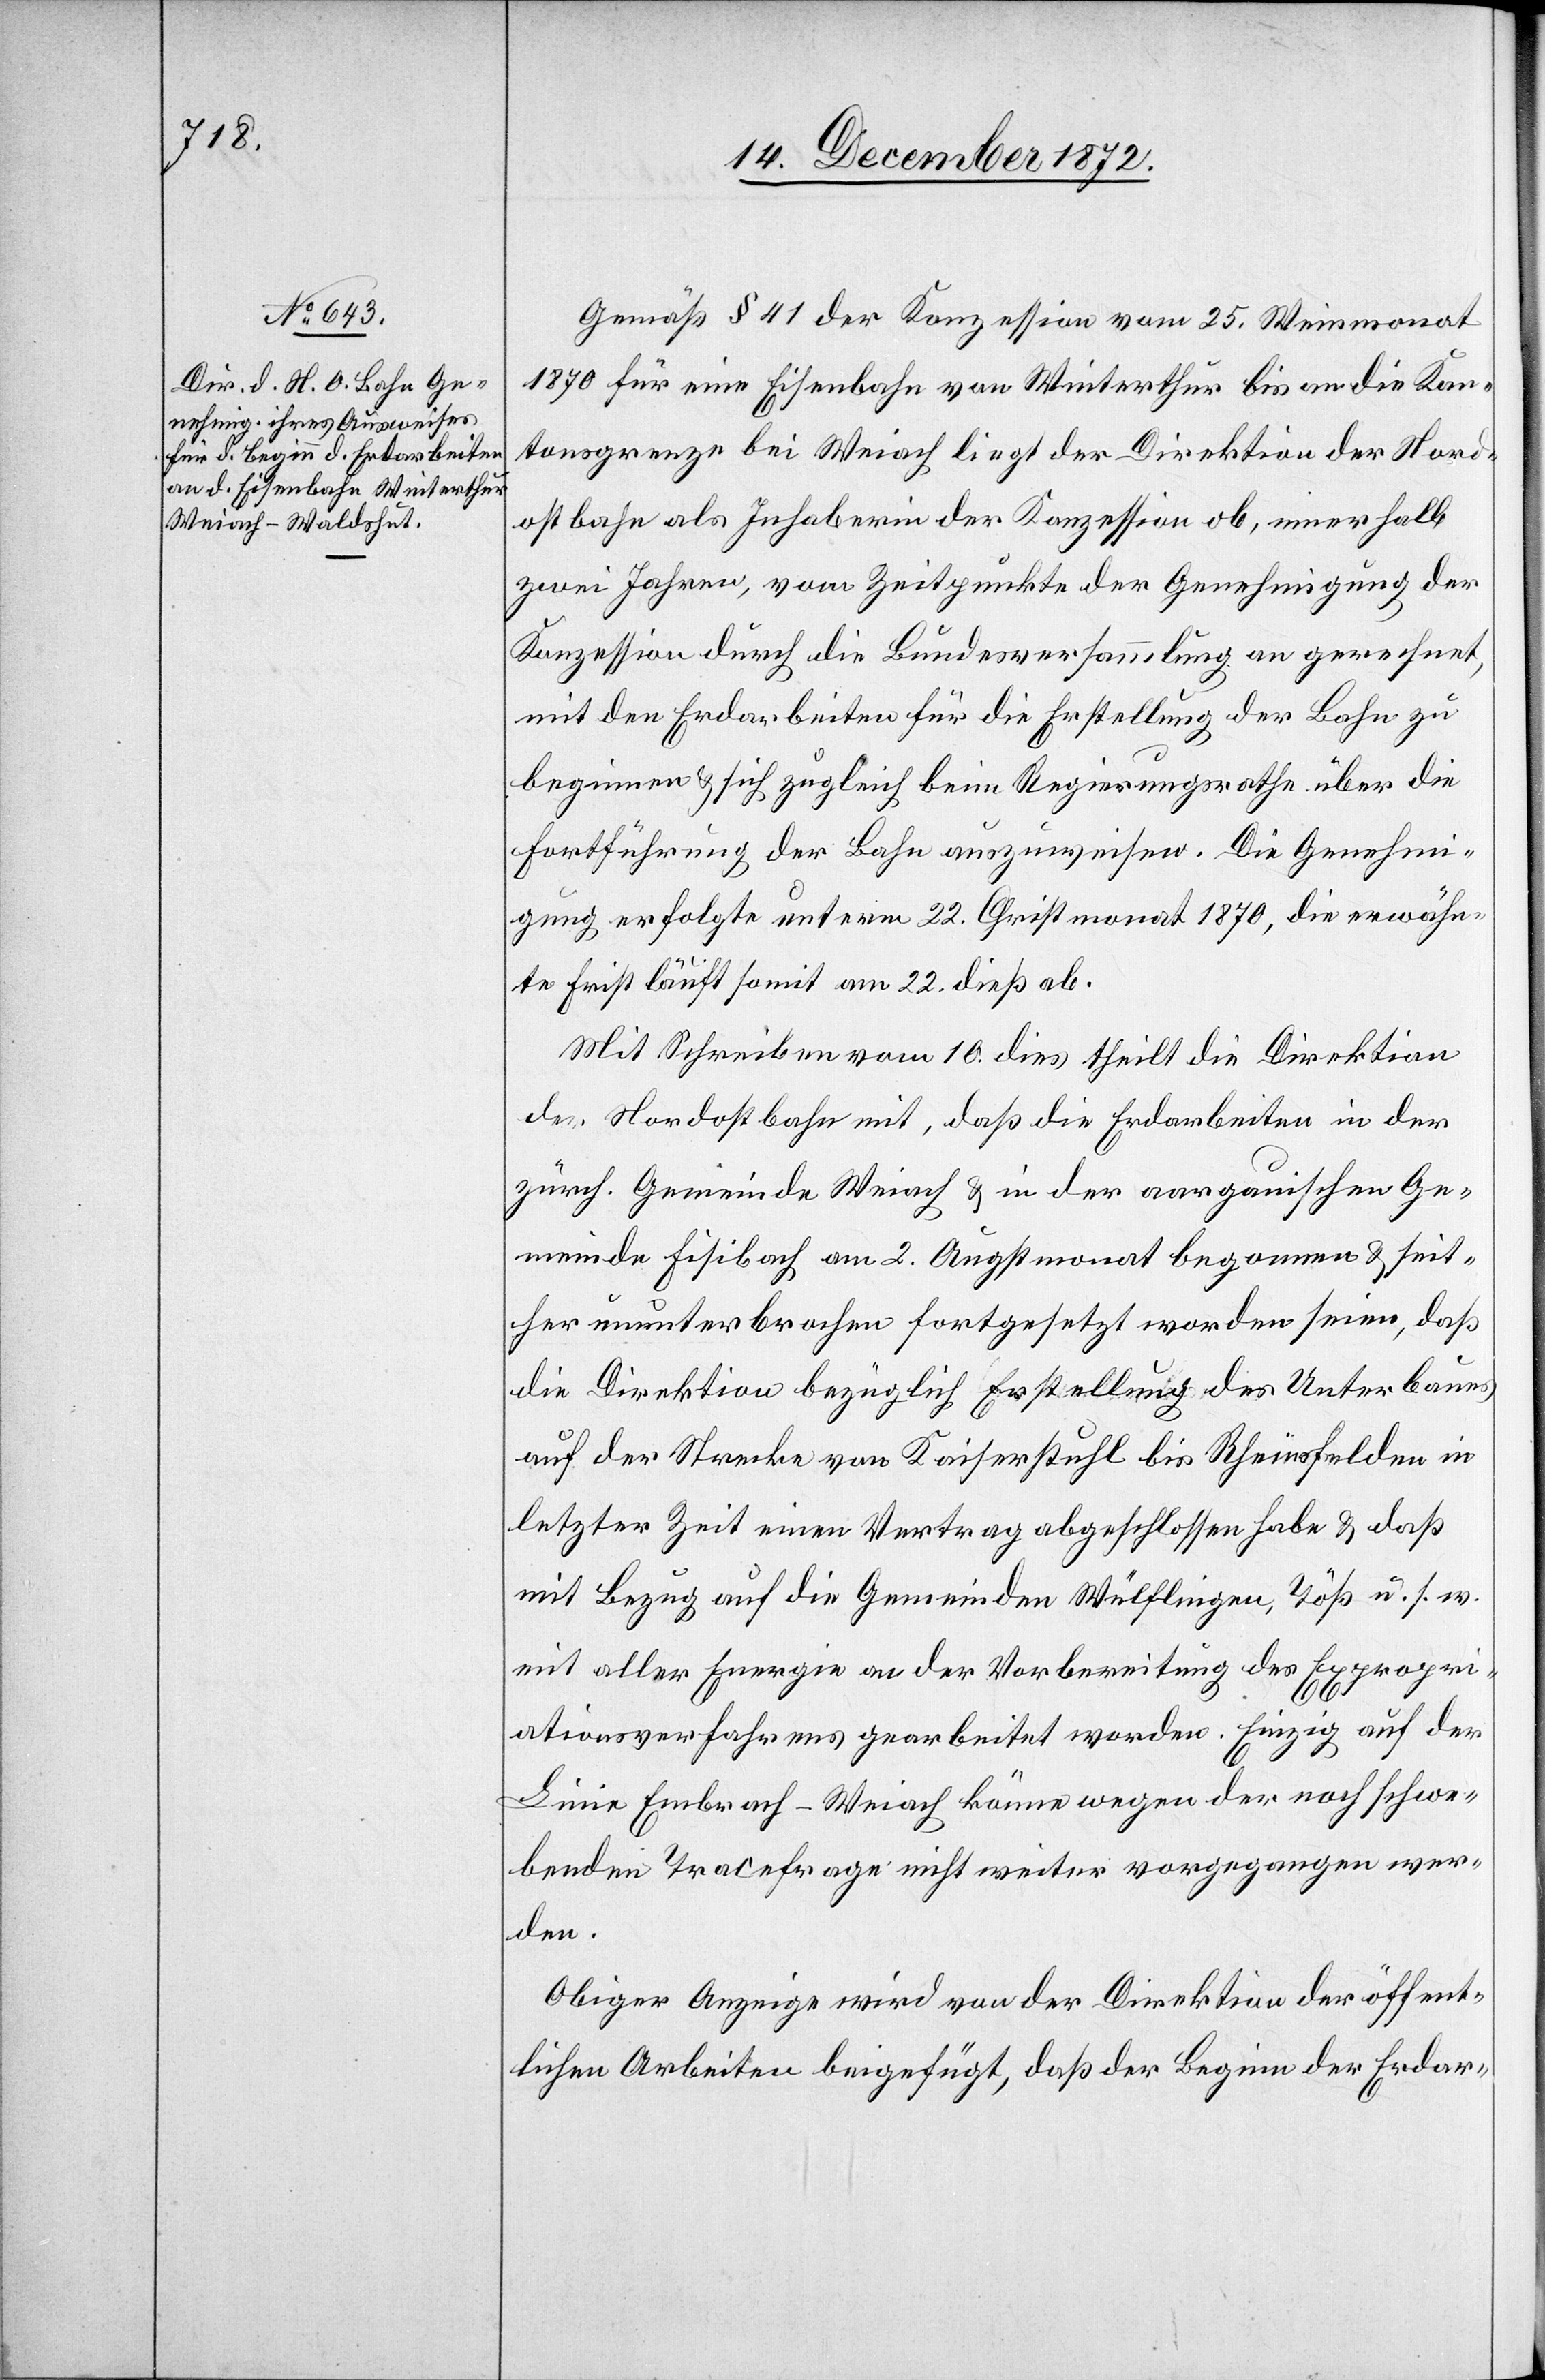
Gemäß § 41 der Konzession vom 25. Weinmonat
1870 für eine Eisenbahn von Winterthur bis an die Kan¬
tonsgrenze bei Weiach liegt der Direktion der Nord¬
ostbahn als Inhaberin der Konzession ob, innerhalb
zwei Jahren, vom Zeitpunkte der Genehmigung der
Konzession durch die Bundesversammlung an gerechnet,
mit den Erdarbeiten für die Erstellung der Bahn zu
beginnen u. sich zugleich beim Regierungsrathe über die
Fortführung der Bahn auszuweisen. Die Genehmi¬
gung erfolgte unterm 22. Christmonat 1870, die erwähn¬
te Frist läuft somit am 22. dieß ab.
Mit Schreiben vom 10. dies theilt die Direktion
der Nordostbahn mit, daß die Erdarbeiten in der
zürch. Gemeinde Weiach u. in der aargauischen Ge¬
meinde Fisibach am 2. Augstmonat begonnen u. seit¬
her ununterbrochen fortgesetzt worden seien, daß
die Direktion bezüglich Erstellung des Unterbaues
auf der Strecke von Kaiserstuhl bis Rheinsfelden in
letzter Zeit einen Vertrag abgeschlossen habe u. daß
mit Bezug auf die Gemeinden Wülflingen, Töß u. s. w.
mit aller Energie an der Vorbereitung der Expropri¬
ationsverfahrens gearbeitet worden. Einzig auf der
Linie Embrach–Weiach könne wegen der noch schwe¬
benden Tracefrage nicht weiter vorgegangen wer¬
den.
Obiger Anzeige wird von der Direktion der öffent¬
lichen Arbeiten beigefügt, daß der Beginn der Erdar-